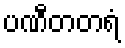
ပဏီတတရံ